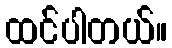
ထင်ပါတယ်။